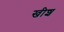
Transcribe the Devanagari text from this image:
खीश